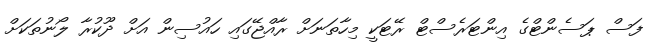
ފަސް ޕަސެންޓްގެ އިންޓަރެސްޓް ރޭޓަކީ މިހާތަނަށް ރާއްޖޭގައި ހައުސިން އަށް ދޫކުރާ ލޯނުތަކަށް